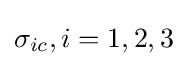
\sigma _{ic},i=1,2,3